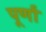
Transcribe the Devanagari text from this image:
पूर्णां